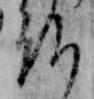
仏